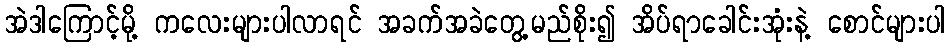
အဲဒါကြောင့်မို့ ကလေးများပါလာရင် အခက်အခဲတွေ့မည်စိုး၍ အိပ်ရာခေါင်းအုံးနဲ့ စောင်များပါ